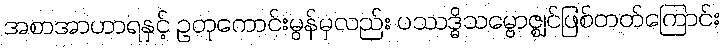
အစာအာဟာရနှင့် ဥတုကောင်းမွန်မှလည်း ပဿဒ္ဓိသမ္ဗောဇ္ဈင်ဖြစ်တတ်ကြောင်း